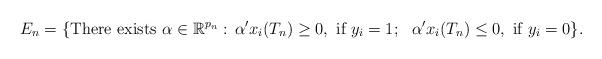
LaTeX: \begin{align*}E_n = \{\mbox{There exists}\ \alpha\in\mathbb{R}^{p_n}:\, \alpha'x_i(T_n)\geq 0,\ \mbox{if}\ y_i=1;\ \ \alpha'x_i(T_n)\leq 0,\ \mbox{if}\ y_i=0\}.\end{align*}